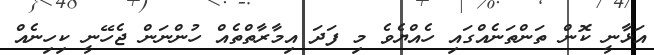
އަޅާނީ ކޮން ތަންތަނެއްގައި ހެއްޔެވެ މި ފަދަ އިމާރާތްތެއް ހުންނަން ޖެހޭނީ ކިހިނެއް